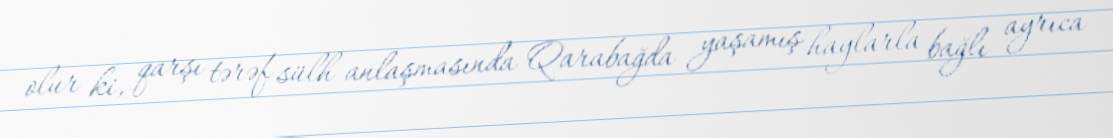
olur ki, qarşı tərəf sülh anlaşmasında Qarabağda yaşamış haylarla bağlı ayrıca